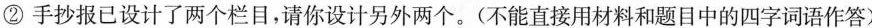
②手抄报已设计了两个栏目，请你设计另外两个。(不能直接用材料和题目中的四字词语作答)